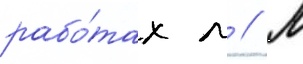
рабо́тах л // М